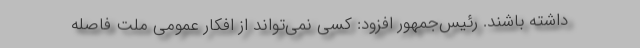
داشته باشند. رئیس‌جمهور افزود: کسی نمی‌تواند از افکار عمومی ملت فاصله